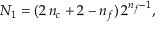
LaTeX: { \cal N } _ { 1 } = ( 2 \, n _ { c } + 2 - n _ { f } ) \, 2 ^ { n _ { f } - 1 } ,